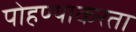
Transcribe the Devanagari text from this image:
पोहण्याकरता